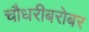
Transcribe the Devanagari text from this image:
चौधरीबरोबर